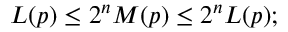
L ( p ) \leq 2 ^ { n } M ( p ) \leq 2 ^ { n } L ( p ) ;